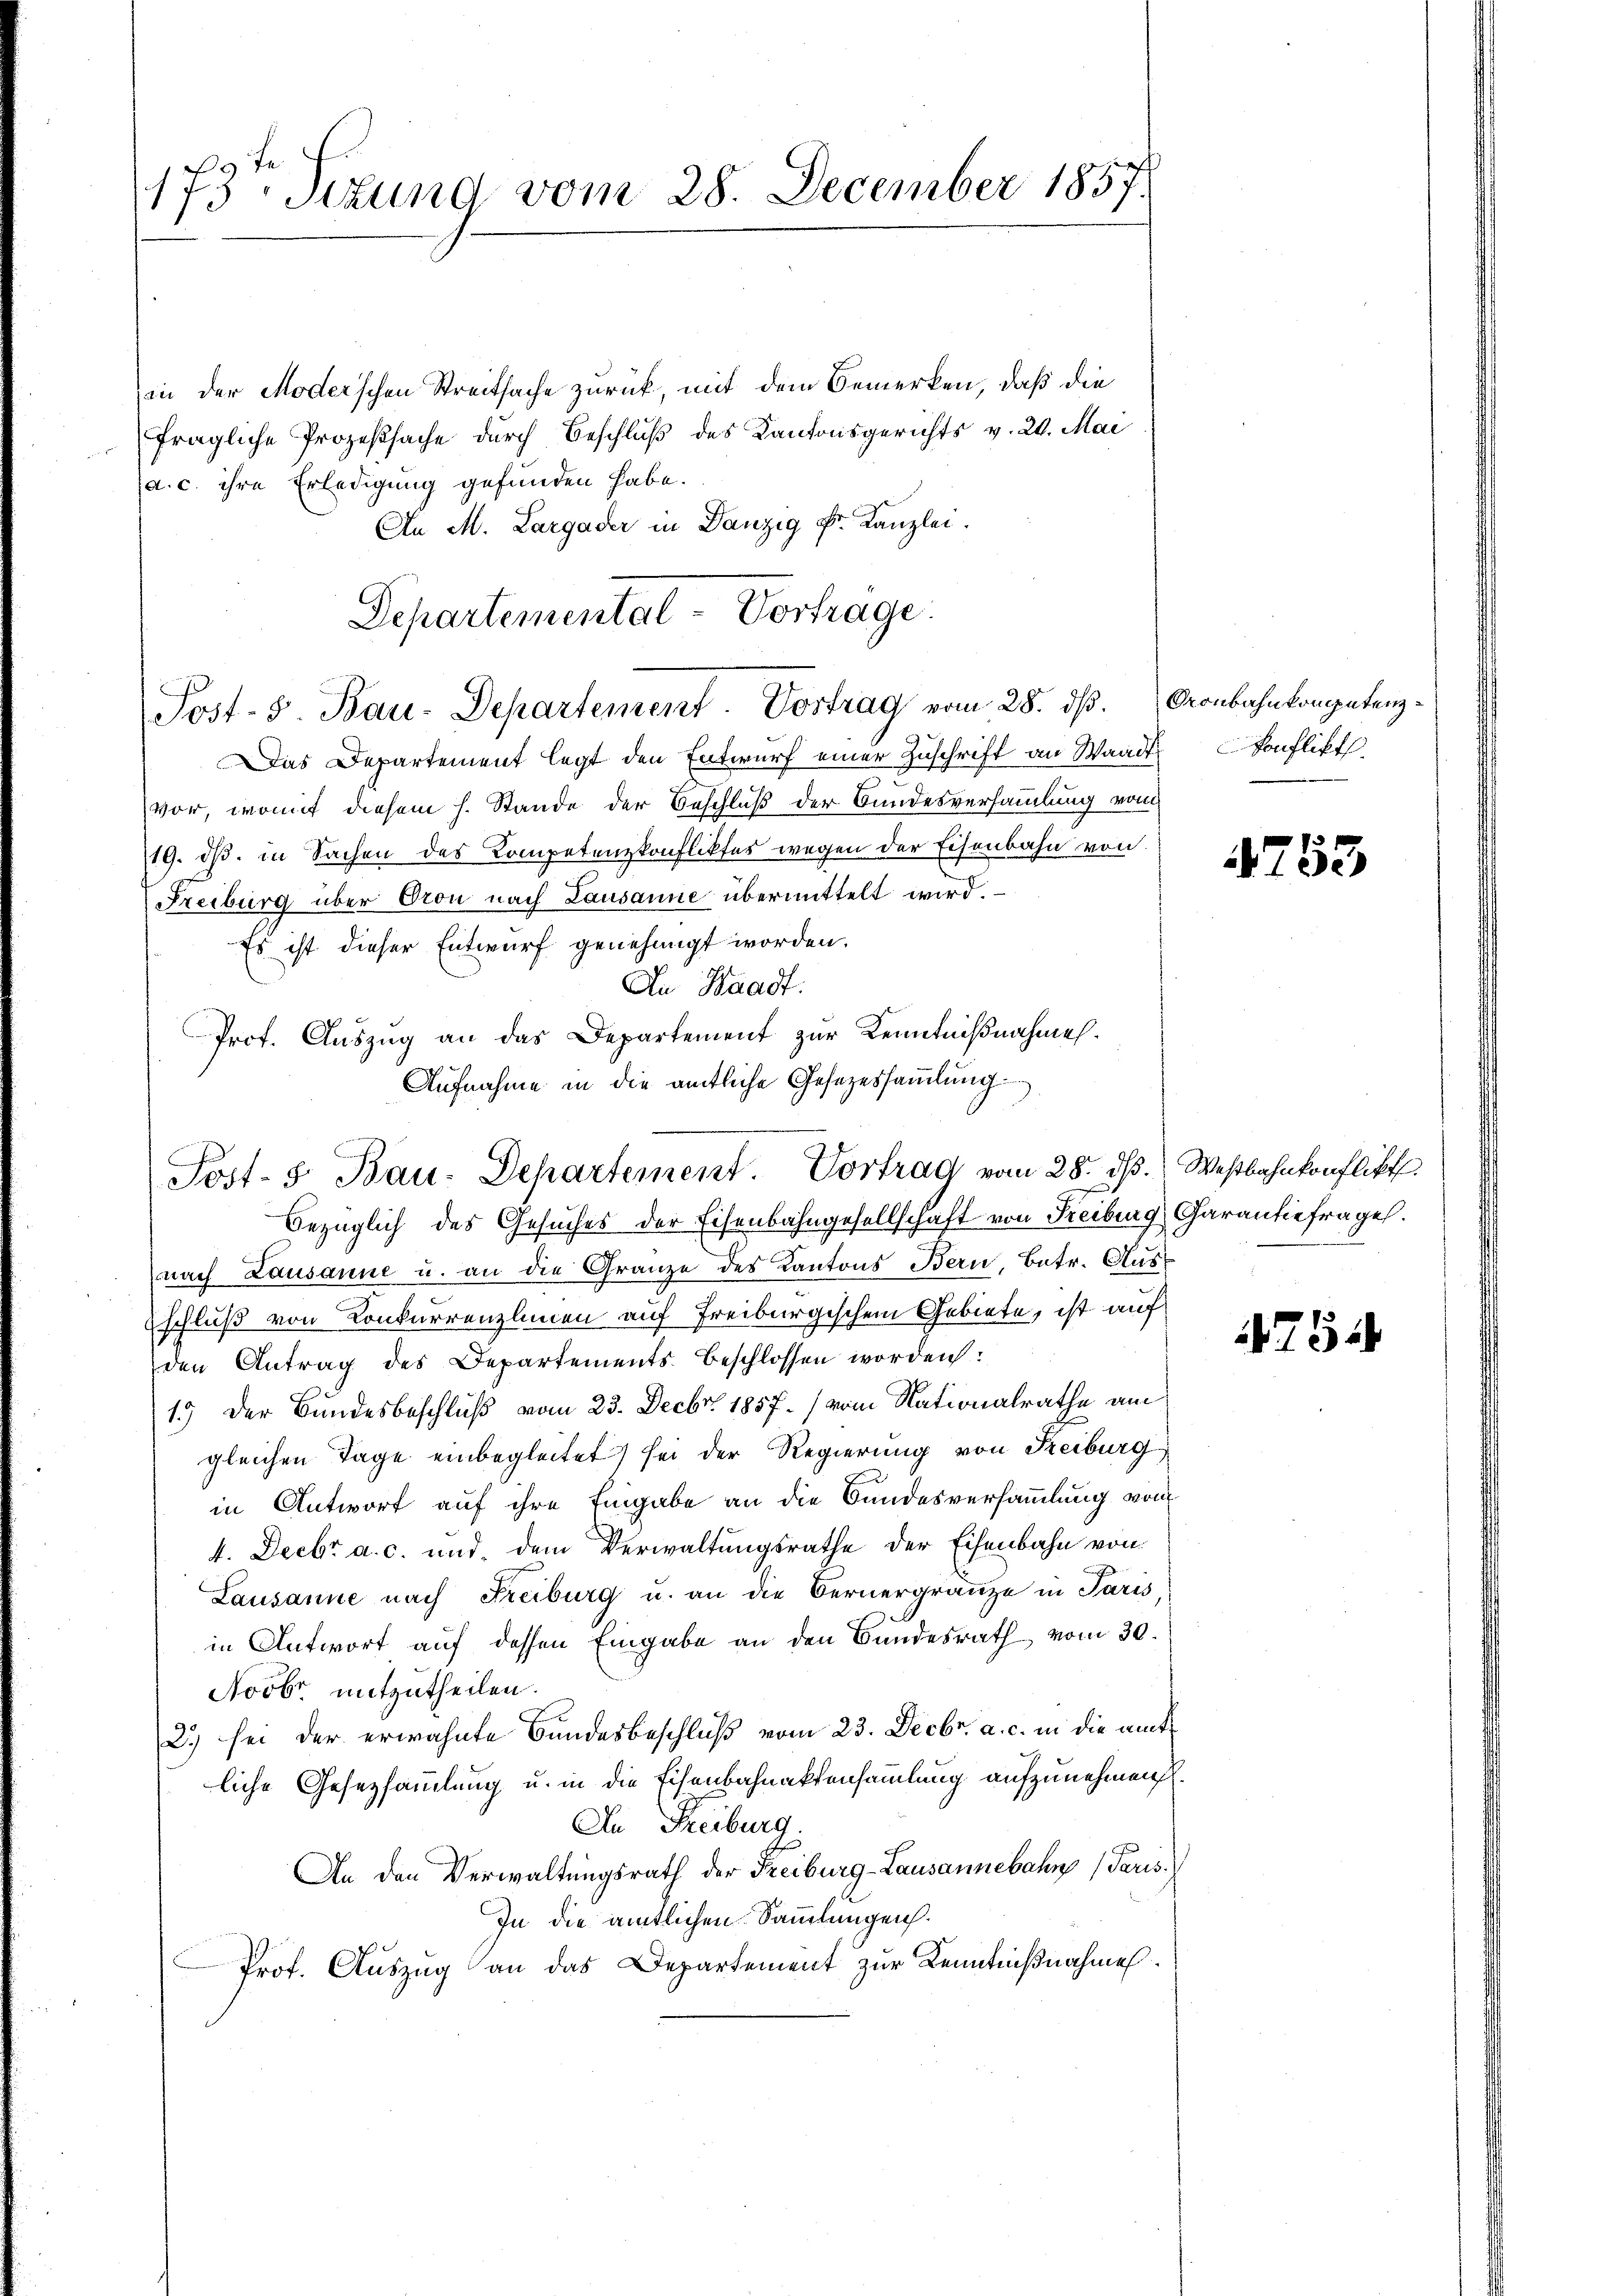
173. Sitzung vom 28. December 1857.

in der Moder’schen Streitsache zurück, mit dem Bemerken, daß die
fragliche Prozeßsache durch Beschluß des Kantonsgerichts v. 20. Mai
a. c. ihre Erledigung gefunden habe.
An M. Largader in Danzig Fr. Kanzlei.
Das Departement legt den Entwurf einer Zuschrift an Waadt
vor, womit diesem h. Stande der Beschluß der Bundesversammlung vom
19. ds. in Sachen des Kompetenzkonfliktes wegen der Eisenbahn von
Freiburg über Oron nach Lausanne übermittelt wird.
Es ist dieser Entwurf genehmigt worden.
An Waadt.
nach Lausanne u. an die Gränze des Kantons Bern, Betr. Ausschluß von Konkurrenzlinen auf Freiburgischem Gebiete, ist auf
den Antrag des Departements beschlossen worden:
1.) Der Bundesbeschluß vom 23. Decbr. 1857./ vom Nationalrathe am
gleichen Tage einbegleitet sei der Regierung von Reiburg
in Antwort auf ihre Eingabe an die Bundesversammlung von
4. Decbr a. c. und dem Verwaltungsrathe der Eisenbahn von
Lausanne nach Freiburg u. an die Bernergränze in Paris,
in Antwort auf dessen Eingabe an den Bundesrath vom 30.
Novbr mitzutheilen.
2.) sei der erwähnte Bundesbeschluß vom 23. Decbr. a. c. in die amt
liche Gesetzsammlung u. in die Eisenbahnaktensammlung aufzunehmen.
An Freiburg.
An den Verwaltungsrath der Freiburg-Lausannebahn (Paris.
In die amtlichen Sammlungen.
Prof. Auszug an das Departement zur Kenntnißnahme.

Departemental-Vortrage
Post-S. Bau-Departement. Vortrag vom 28. dβ. Gonbahnkompetenz¬

Prof. Auszug an das Departement zur Kenntnißnahmes¬
Aufnahme in die amtliche Gesezessammlung.
Post- 5. Bau-Departement. Vortrag vom 28. ds. Westbahnkonflikt
Bezüglich des Gesuches der Eisenbahngesellschaft von Freiburg Garantiefrage.

Konflikt

753

754